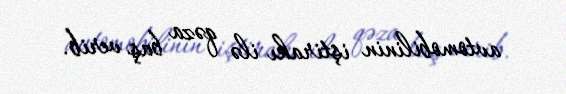
avtomobilinin iştirakı ilə qəza baş verib.